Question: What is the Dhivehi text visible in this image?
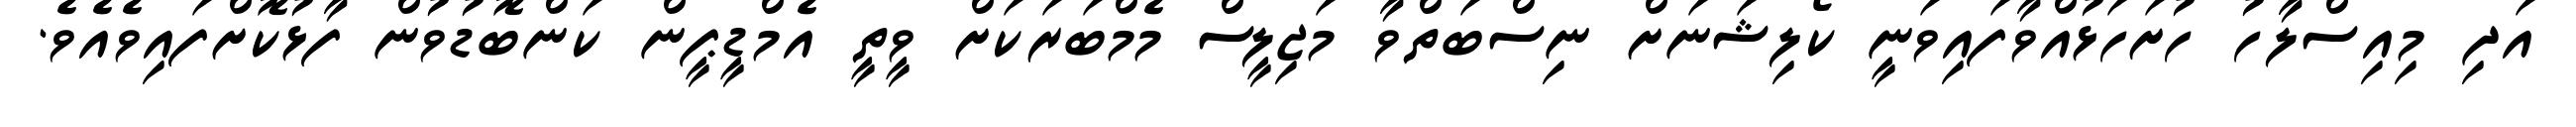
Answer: އަދި މިއިސްލާހު ހުށަހަޅުއްވާފައިވަނީ ކޯލިޝަނަށް ނިސްބަތްވާ މަޖިލީސް މެމްބަރަކަށް ވީތީ އެމްޑީޕީން ކަންބޮޑުވުން ފާޅުކޮށްފައިވެއެވެ.